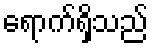
ရောက်ရှိသည်